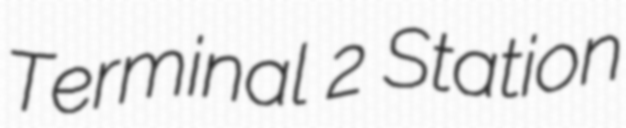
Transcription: Terminal 2 Station